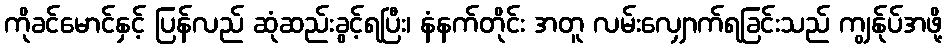
ကိုခင်မောင်နှင့် ပြန်လည် ဆုံဆည်းခွင့်ရပြီး၊ နံနက်တိုင်း အတူ လမ်းလျှောက်ရခြင်းသည် ကျွန်ုပ်အဖို့